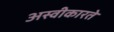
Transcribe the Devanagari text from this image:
अस्‍वीकारते